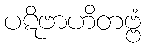
ပဋိဗာဟိတဗ္ဗံ